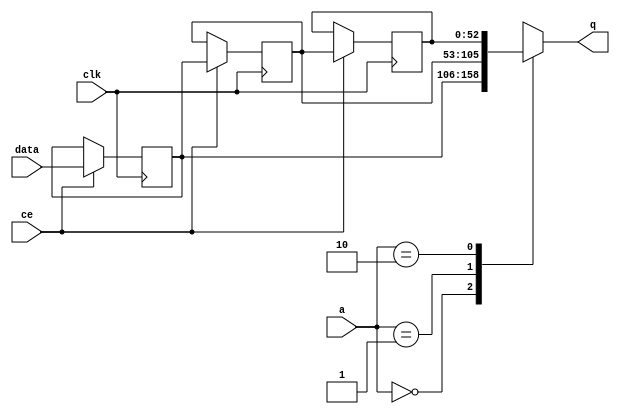
// ==============================================================
// File generated by Vivado(TM) HLS - High-Level Synthesis from C, C++ and SystemC
// Version: 2015.1
// Copyright (C) 2015 Xilinx Inc. All rights reserved.
// 
// ==============================================================


`timescale 1 ns / 1 ps

module FIFO_toe_txEng2txSar_upd_req_V_shiftReg (
    clk,
    data,
    ce,
    a,
    q);

parameter DATA_WIDTH = 32'd53;
parameter ADDR_WIDTH = 32'd2;
parameter DEPTH = 32'd3;

input clk;
input [DATA_WIDTH-1:0] data;
input ce;
input [ADDR_WIDTH-1:0] a;
output [DATA_WIDTH-1:0] q;

reg[DATA_WIDTH-1:0] SRL_SIG [0:DEPTH-1];
integer i;

always @ (posedge clk)
    begin
        if (ce)
        begin
            for (i=0;i<DEPTH-1;i=i+1)
                SRL_SIG[i+1] <= SRL_SIG[i];
            SRL_SIG[0] <= data;
        end
    end

assign q = SRL_SIG[a];

endmodule

module FIFO_toe_txEng2txSar_upd_req_V (
    clk,
    reset,
    if_empty_n,
    if_read_ce,
    if_read,
    if_dout,
    if_full_n,
    if_write_ce,
    if_write,
    if_din);

parameter MEM_STYLE = "shiftreg";
parameter DATA_WIDTH = 32'd53;
parameter ADDR_WIDTH = 32'd2;
parameter DEPTH = 32'd3;

input clk;
input reset;
output if_empty_n;
input if_read_ce;
input if_read;
output[DATA_WIDTH - 1:0] if_dout;
output if_full_n;
input if_write_ce;
input if_write;
input[DATA_WIDTH - 1:0] if_din;

wire[ADDR_WIDTH - 1:0] shiftReg_addr ;
wire[DATA_WIDTH - 1:0] shiftReg_data, shiftReg_q;
reg[ADDR_WIDTH:0] mOutPtr = {(ADDR_WIDTH+1){1'b1}};
reg internal_empty_n = 0, internal_full_n = 1;

assign if_empty_n = internal_empty_n;
assign if_full_n = internal_full_n;
assign shiftReg_data = if_din;
assign if_dout = shiftReg_q;

always @ (posedge clk) begin
    if (reset == 1'b1)
    begin
        mOutPtr <= ~{ADDR_WIDTH+1{1'b0}};
        internal_empty_n <= 1'b0;
        internal_full_n <= 1'b1;
    end
    else begin
        if (((if_read & if_read_ce) == 1 & internal_empty_n == 1) && 
            ((if_write & if_write_ce) == 0 | internal_full_n == 0))
        begin
            mOutPtr <= mOutPtr -1;
            if (mOutPtr == 0)
                internal_empty_n <= 1'b0;
            internal_full_n <= 1'b1;
        end 
        else if (((if_read & if_read_ce) == 0 | internal_empty_n == 0) && 
            ((if_write & if_write_ce) == 1 & internal_full_n == 1))
        begin
            mOutPtr <= mOutPtr +1;
            internal_empty_n <= 1'b1;
            if (mOutPtr == DEPTH-2)
                internal_full_n <= 1'b0;
        end 
    end
end

assign shiftReg_addr = mOutPtr[ADDR_WIDTH] == 1'b0 ? mOutPtr[ADDR_WIDTH-1:0]:{ADDR_WIDTH{1'b0}};
assign shiftReg_ce = (if_write & if_write_ce) & internal_full_n;

FIFO_toe_txEng2txSar_upd_req_V_shiftReg 
#(
    .DATA_WIDTH(DATA_WIDTH),
    .ADDR_WIDTH(ADDR_WIDTH),
    .DEPTH(DEPTH))
U_FIFO_toe_txEng2txSar_upd_req_V_ram (
    .clk(clk),
    .data(shiftReg_data),
    .ce(shiftReg_ce),
    .a(shiftReg_addr),
    .q(shiftReg_q));

endmodule